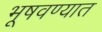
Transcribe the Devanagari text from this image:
भूषवण्यात